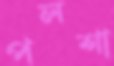
পলশা